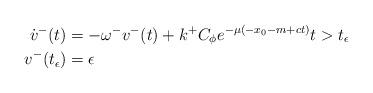
LaTeX: \begin{align*} \dot{v}^-(t) &= -\omega^- v^-(t) +k^+ C_\phi e^{-\mu (-x_0-m+ct)} t >t_\epsilon \\v^-(t_\epsilon) &= \epsilon\end{align*}